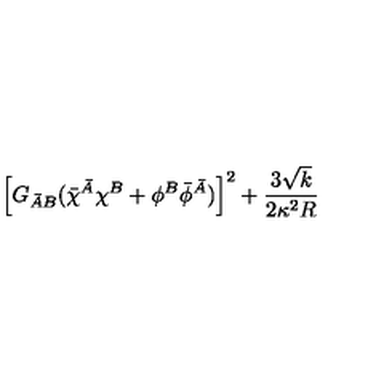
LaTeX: \left[ G _ { \bar { A } B } ( \bar { \chi } ^ { \bar { A } } \chi ^ { B } + \phi ^ { B } \bar { \phi } ^ { \bar { A } } ) \right] ^ { 2 } + \frac { 3 \sqrt { k } } { 2 \kappa ^ { 2 } R }